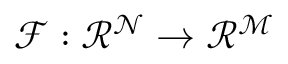
\mathcal { F : \mathcal { R } ^ { N } \rightarrow \mathcal { R } ^ { M } }